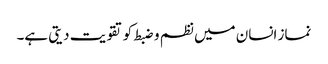
نماز انسان میں نظم و ضبط کو تقویت دیتی ہے۔